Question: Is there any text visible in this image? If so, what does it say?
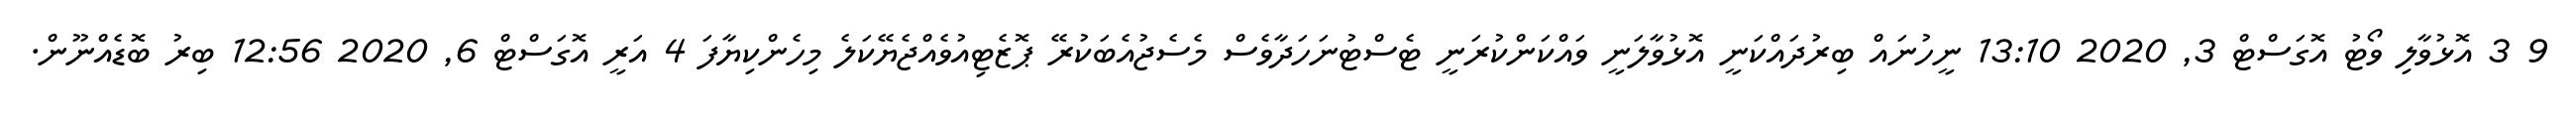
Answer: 9 3 އޮޅުވާލި ވޯޓު އޮގަސްޓް 3, 2020 13:10 ނީހުނައް ބިރުދައްކަނީ އޮޅުވާލަނީ ވައްކަންކުރަނީ ޓެސްޓުނަހަދާވެސް މެސެޖުއެބަކުރޭ ޕޮޒެޓިއުވެއްޖެޔޭކަލެ މިހެންކިޔާފަ 4 އަރީ އޮގަސްޓް 6, 2020 12:56 ބިރު ބޮޑެއްނޫން.